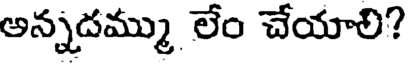
అన్నదమ్ము లేం చేయాలి?